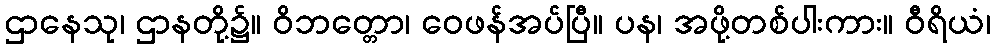
ဌာနေသု၊ ဌာနတို့၌။ ဝိဘတ္တော၊ ဝေဖန်အပ်ပြီ။ ပန၊ အဖို့တစ်ပါးကား။ ဝီရိယံ၊